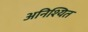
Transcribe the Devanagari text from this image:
अनिश्यित